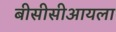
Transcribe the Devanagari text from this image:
बीसीसीआयला